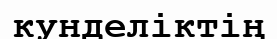
кунделіктің